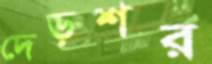
দেড়শর